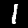
Digit: 1